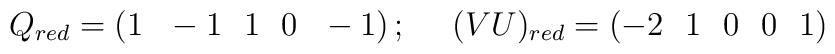
Q_{red}=\left(1~~-1~~1~~0~~-1\right);~~~~(VU)_{red}=\left(-2~~1~~0~~0~~1\right)